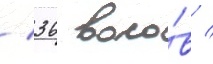
/ 36 воло́в /